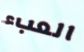
العبء